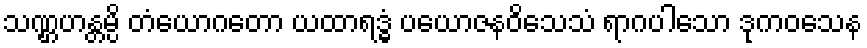
သဏ္ဌဟန္တမ္ပိ တံယောဂတော ယထာရဒ္ဓံ ပယောဇနဝိသေသံ ရာဂပါသော ဒုကဝသေန